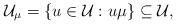
LaTeX: \begin{align*} \mathcal{U}_\mu=\{u\in\mathcal{U}:u\mu\}\subseteq\mathcal{U},\end{align*}